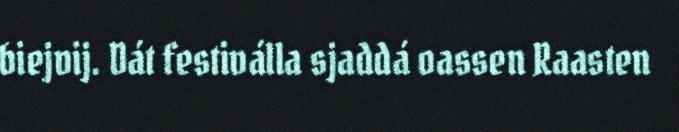
biejvij. Dát festiválla sjaddá oassen Raasten